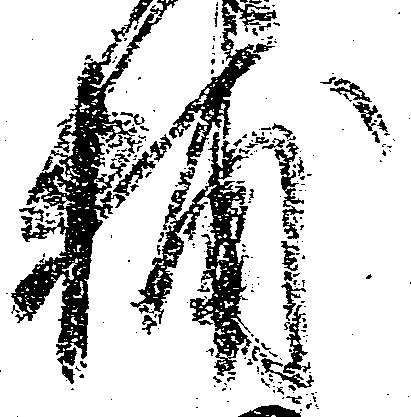
捕